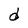
Character: d